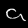
Digit: 9